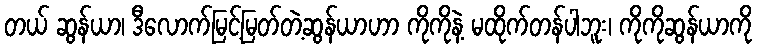
တယ် ဆွန်ယာ၊ ဒီလောက်မြင့်မြတ်တဲ့ဆွန်ယာဟာ ကိုကိုနဲ့ မထိုက်တန်ပါဘူး၊ ကိုကိုဆွန်ယာကို